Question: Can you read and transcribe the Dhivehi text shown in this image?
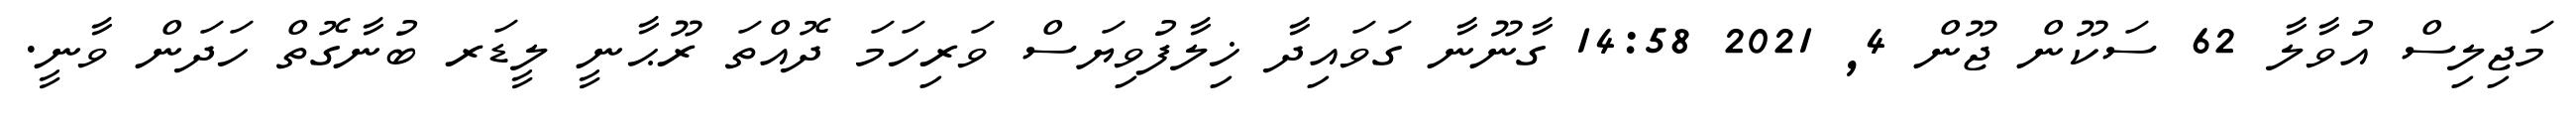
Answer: މަޖިލިސް އުވާލާ 62 ސަކޫން ޖޫން 4, 2021 14:58 ގާނޫނާ ގަވައިދާ ޚިލާފުވިޔަސް ވަރިހަމަ ދޮއްތަ ރޫޙާނީ ލީޑަރ ބުނާގޮތް ހަދަން ވާނީ.